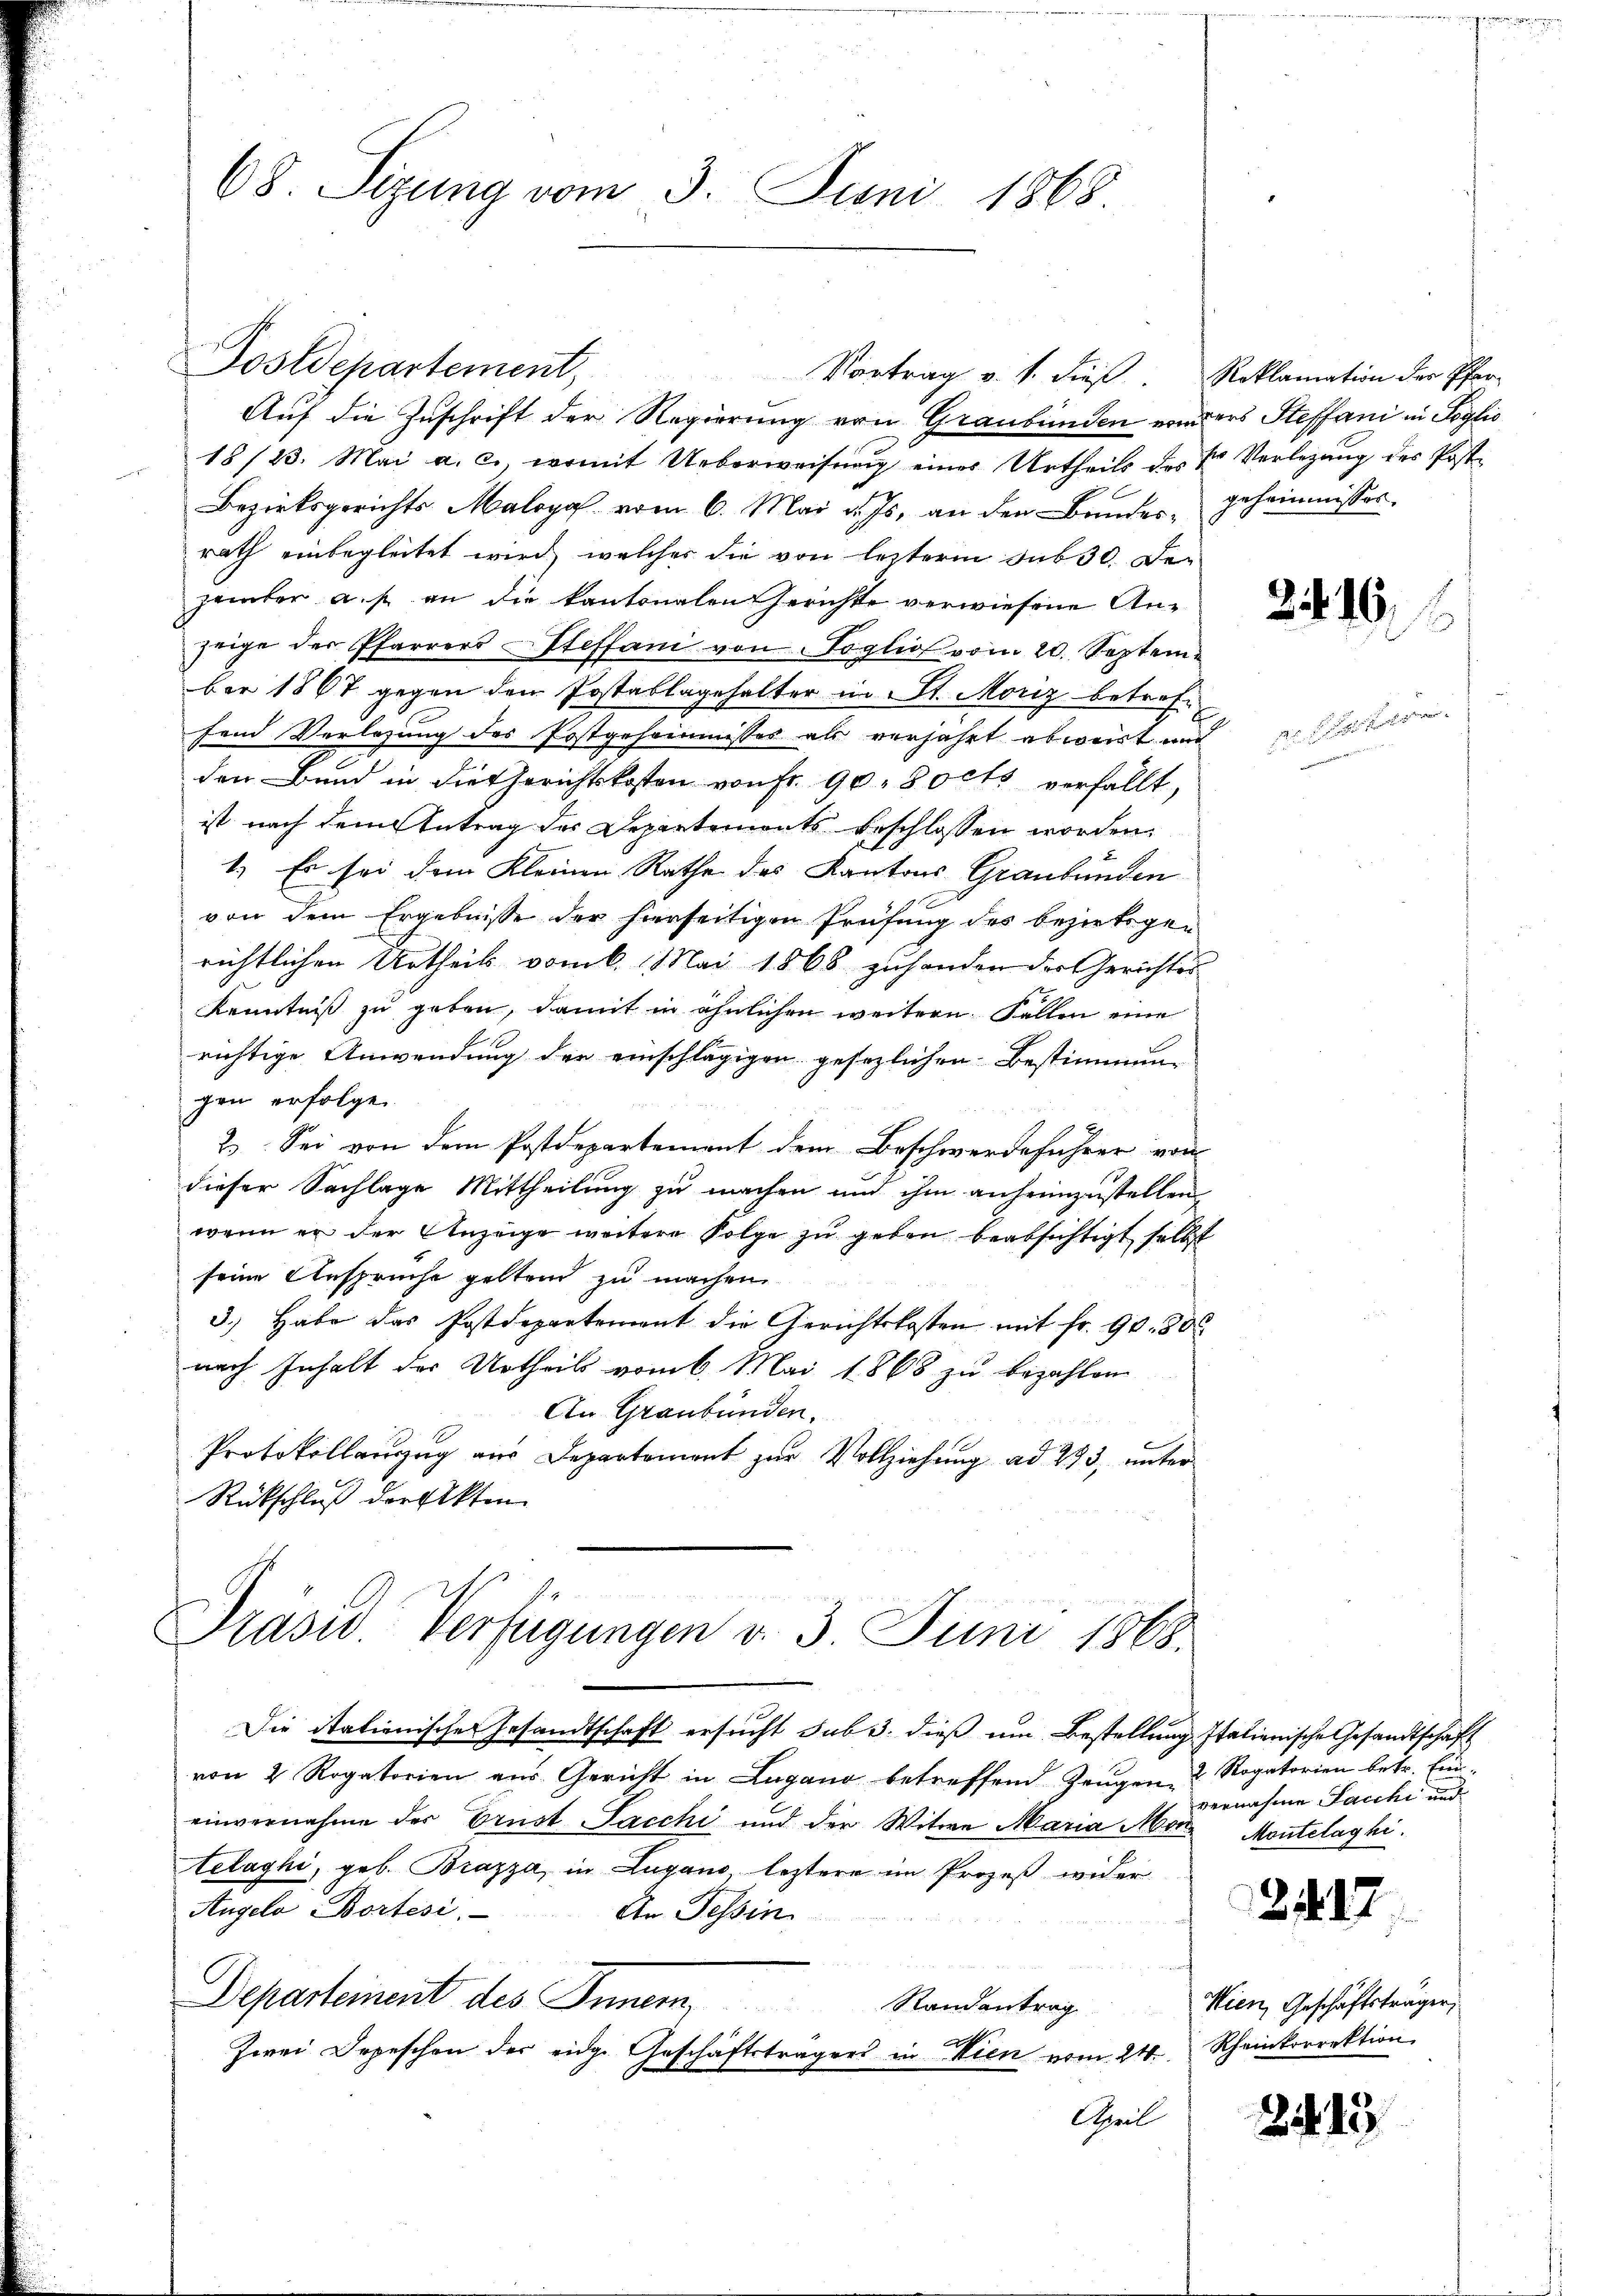
68 Sizung vom 3. Juni 1868.

Postdepartement,
Auf die Zuschrift der Regierung von Graubünden von ders Steffani in Soglio
18/23. Mai a. c., womit Ueberweisŭng einer Urtheils des Hr. Verlegŭng des Post¬
Bezirksgerichts Malogo vom 6. Mai d. Js. an den Bandes, geheimissor
rath einbegleitet wird, welcher die von letztere sub 30. Dezember a. p. an die kantonalen Gerichte verwiesene Anzeige der Pfarrers Steffani von Toglio vom 20. Septem
ber 1867 gegen den Postablagehalter in St. Moriz betreffend Verlesung des Postgeheimnisses als verjährt abweist und solter
den Bund in die Gerichtskosten von Fr. 90, 80cts verfällt,
ist nach dem tutrag des Departements beschlossen worden,
1.) Es sei dem Kleinen Rathe des Kantons Graubünden
von dem Ergebnisse der hierseitigen Prüfung des bezirksgerichtlichen Urtheils vom 6. Mai 1868 zuhanden der Gerichtes
Kenntniß zu geben, damit in ähnlichen weitern Fallen eine
richtige Anwendung der einschlägigen gesezlichen Bestimmung
gen erfolge.
2. Sei von dem Postdepartement dem Beschwerdeführer von
dieser Sachlage Mittheilung zu machen und ihm anheimzustellen
wenn er der Anzeige weitere Folge zu geben beabsichtigt selbst
seine Anspruche geltend zu machen.
3.) Habe das Postdepartement die Gerichtskosten mit fr. 90. 800
nach Inhalt des Urtheils vom 6. Mai 1868 zu bezahlen
An Graubünden.
Protokollauszug aus Departement zur Vollziehung ad 293, unter
Rückschluß derfekten.
Präsid. Verfügungen v. 3. Juni 1868.
Die Stationischer Gesandtschaft ersucht sub 3. dieß um Bestellung Italienische Gesandtschaft
von 2 Rogatorien aus Gericht in Lugano betreffend Zeugen 2 Rogatorien betr. Eineinvernahme der Brust Sacchi und der Witwe Maria Mor. Montelaghi.
telaghi, geb. Brazza, in Lugano leztere im Prozeß wider
Angelo Bortesi
An Tessin
Departement des Inner,
Randantrag
252 x
Zwei Depeschen der eidg. Geschäftsträgers in Wien vom 24. Rheinkorrektion
April

Vortrag v. 1. dieß. Reklamation der Pfar¬

2416, f

vernahme Sacchi und

2417.

Wien, Geschäftsträger,

21443